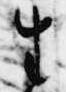
生